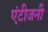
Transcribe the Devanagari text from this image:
एंटीजनी